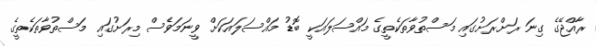
ރާއްޖޭގެ ގިނަ ރަށްރަށުގައި މަސްތުވާތަކެތީގެ މައްސަލައަކީ ބޮޑު މައްސަލައަކަށް ވީނަމަވެސް މިރަށުގައި މަސްތުވާތަކެތީގެ